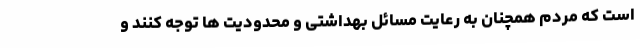
است که مردم همچنان به رعایت مسائل بهداشتی و محدودیت ها توجه کنند و